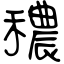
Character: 穠